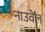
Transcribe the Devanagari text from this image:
नाउवेल